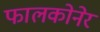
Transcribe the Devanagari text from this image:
फालकोनेर